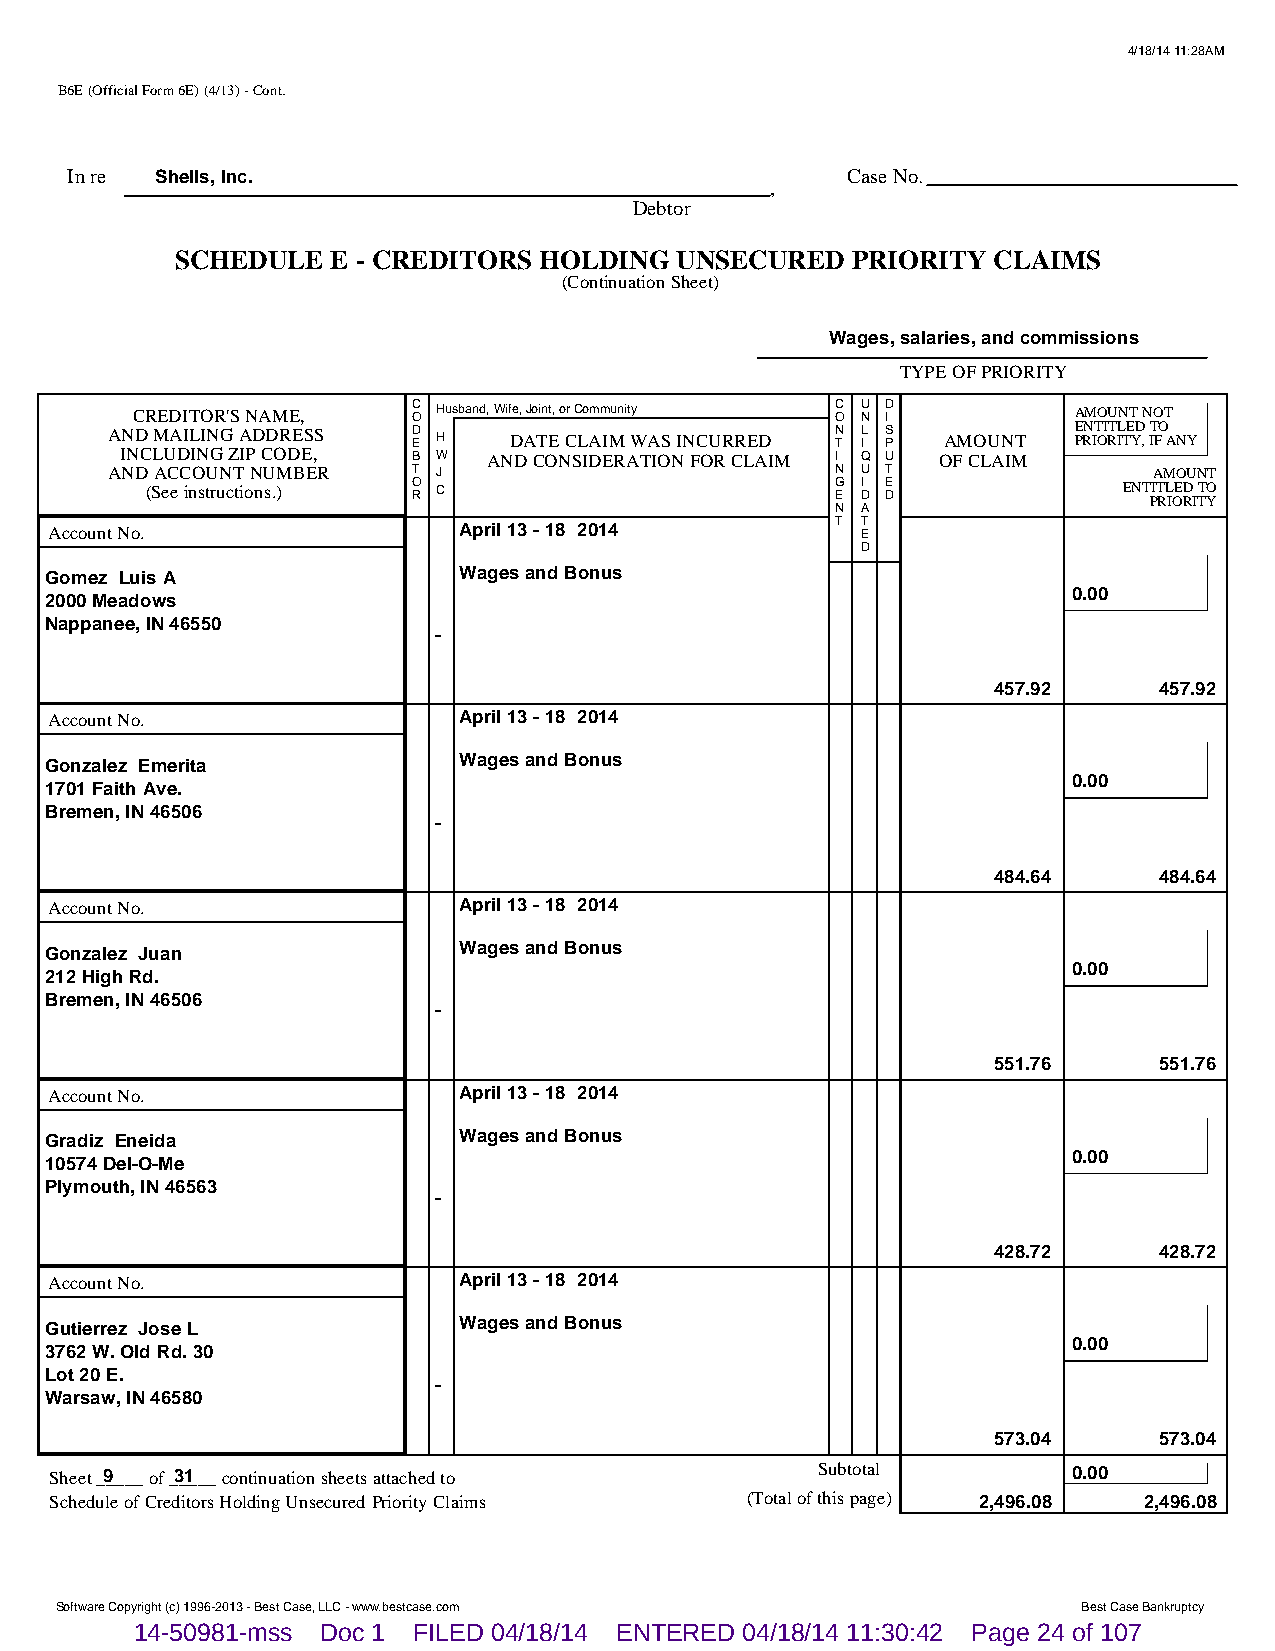
4/18/14 11:28AM
 B6E (Official Form 6E) (4/13) - Cont.
 In re Shells, Inc.                                  Case No.
 ,
 Debtor
 SCHEDULE  E - CREDITORS HOLDING  UNSECURED  PRIORITY  CLAIMS
 (Continuation Sheet)
 Wages, salaries, and commissions
 TYPE OF PRIORITY
 CREDITOR'S NAME,  C O Husband, Wife, Joint, or Community C O U N D I AMOUNT NOT
 AND MAILING ADDRESS D E H  DATE CLAIM WAS INCURRED N T L I S P AMOUNT E PRN IT OI RT IL TE YD , IT FO ANY
 INCLUDING ZIP CODE, B W AND CONSIDERATION FOR CLAIM I Q U OF CLAIM
 AND ACCOUNT NUMBER  T J                         N U T                AMOUNT
 (See instructions.) O R C                    G E I D E D        ENT PIT RL IOE RD I TT YO
 N A
 Account No.                April 13 - 18 2014       T T E
 D
 Gomez Luis A               Wages and Bonus
 0.00
 2000 Meadows
 Nappanee, IN 46550
 -
 457.92     457.92
 Account No.                April 13 - 18 2014
 Gonzalez Emerita           Wages and Bonus
 0.00
 1701 Faith Ave.
 Bremen, IN 46506
 -
 484.64     484.64
 Account No.                April 13 - 18 2014
 Gonzalez Juan              Wages and Bonus
 0.00
 212 High Rd.
 Bremen, IN 46506
 -
 551.76     551.76
 Account No.                April 13 - 18 2014
 Gradiz Eneida              Wages and Bonus
 0.00
 10574 Del-O-Me
 Plymouth, IN 46563
 -
 428.72     428.72
 Account No.                April 13 - 18 2014
 Gutierrez Jose L           Wages and Bonus
 0.00
 3762 W. Old Rd. 30
 Lot 20 E.
 -
 Warsaw, IN 46580
 573.04     573.04
 Sheet _9____ of _3_1___ continuation sheets attached to Subtotal    0.00
 Schedule of Creditors Holding Unsecured Priority Claims (Total of this page) 2,496.08 2,496.08
 Software Copyright (c) 1996-2013 - Best Case, LLC - www.bestcase.com Best Case Bankruptcy
 14-50981-mss Doc 1 FILED 04/18/14 ENTERED 04/18/14 11:30:42 Page 24 of 107